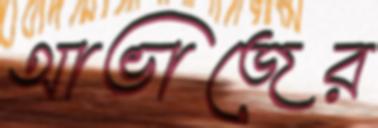
আভাজের